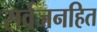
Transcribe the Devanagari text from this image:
सर्वजनहित